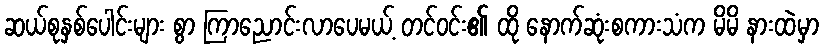
ဆယ်စုနှစ်ပေါင်းများ စွာ ကြာညောင်းလာပေမယ့် တင်ဝင်း၏ ထို နောက်ဆုံးစကားသံက မိမိ နားထဲမှာ